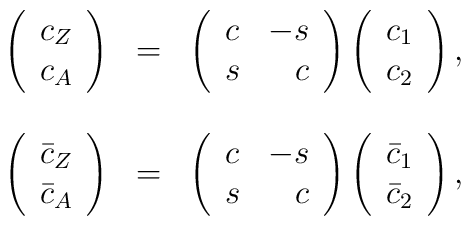
\begin{array}{rcl}\left(\begin{array}{c}c_Z\\c_A      \end{array}\right)&=&\left(\begin{array}{lr}c&-s\\s&c      \end{array}\right)\left(\begin{array}{c}c_1\\c_2      \end{array}\right),\\\\      \left(\begin{array}{c}\bar{c}_Z\\ \bar{c}_A      \end{array}\right)&=&\left(\begin{array}{lr}c&-s\\s&c      \end{array}\right)\left(\begin{array}{c}\bar{c}_1\\ \bar{c}_2      \end{array}\right),\end{array}